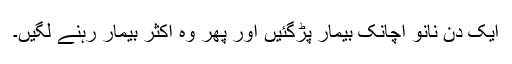
ایک دن نانو اچانک بیمار پڑگئیں اور پھر وہ اکثر بیمار رہنے لگیں۔